Report of the Indian Hemp Drugs Commission, 1894-1895 - Volume V
Year: 1894
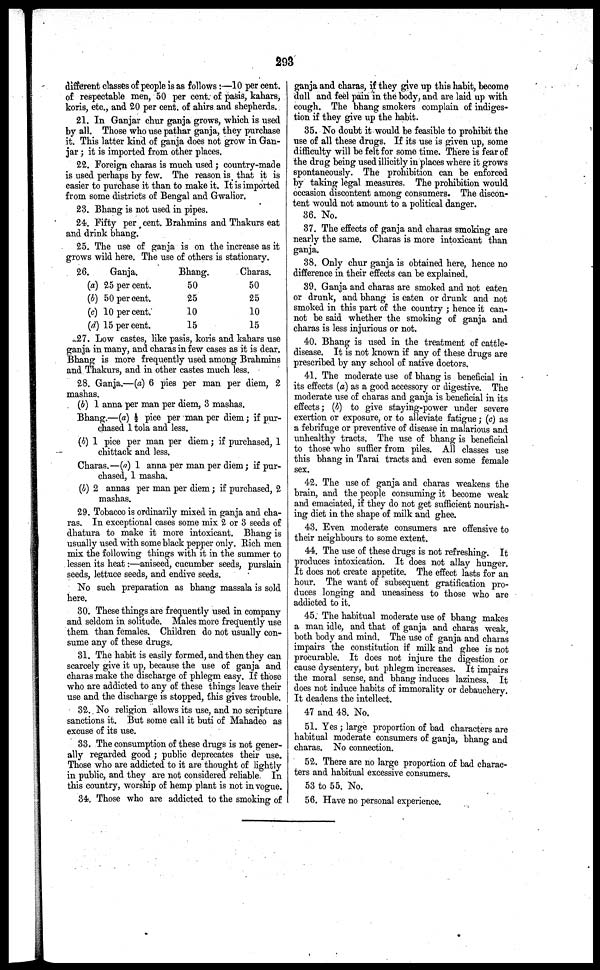
293
different classes of people is as follows:—10 per cent.
of respectable men, 50 per cent. of pasis, kahars,
koris, etc., and 20 per cent. of ahirs and shepherds.
21. In Ganjar chur ganja grows, which is used
by all. Those who use pathar ganja, they purchase
it. This latter kind of ganja does not grow in Gan-
jar ; it is imported from other places.
22. Foreign charas is much used; country-made
is used perhaps by few. The reason is that it is
easier to purchase it than to make it. It is imported
from some districts of Bengal and Gwalior.
23. Bhang is not used in pipes.
24. Fifty per cent. Brahmins and Thakurs eat
and drink bhang.
25. The use of ganja is on the increase as it
grows wild here. The use of others is stationary.
26.
Ganja.
(a) 25 per cent.
(b) 50 per cent.
(c) 10 per cent.
(d) 15 per cent.
Bhang.
50
25
10
15
Charas.
50
25
10
15
27. Low castes, like pasis, koris and kahars use
ganja in many, and charas in few cases as it is dear.
Bhang is more frequently used among Brahmins
and Thakurs, and in other castes much less.
28. Ganja.—(a) 6 pies per man per diem, 2
mashas.
(b) 1 anna per man per diem, 3 mashas.
Bhang.—(a) ½ pice per man per diem; if pur-
chased 1 tola and less.
(b) 1 pice per man per diem; if purchased, 1
chittack and less.
Charas.—(a) 1 anna per man per diem; if pur-
chased, 1 masha.
(b) 2 annas per man per diem; if purchased, 2
mashas.
29. Tobacco is ordinarily mixed in ganja and cha-
ras. In exceptional cases some mix 2 or 3 seeds of
dhatura to make it more intoxicant. Bhang is
usually used with some black pepper only. Rich men
mix the following things with it in the summer to
lessen its heat:—aniseed, cucumber seeds, purslain
seeds, lettuce seeds, and endive seeds.
No such preparation as bhang massala is sold
here.
30. These things are frequently used in company
and seldom in solitude. Males more frequently use
them than females. Children do not usually con-
sume any of these drugs.
31. The habit is easily formed, and then they can
scarcely give it up, because the use of ganja and
Charas make the discharge of phlegm easy. If those
who are addicted to any of these things leave their
use and the discharge is stopped, this gives trouble.
32. No religion allows its use, and no scripture
sanctions it. But some call it buti of Mahadeo as
excuse of its use.
33. The consumption of these drags is not gener-
ally regarded good ; public deprecates their use.
Those who are addicted to it are thought of lightly
in public, and they are not considered reliable. In
this country, worship of hemp plant is not in vogue.
34. Those who are addicted to the smoking of
ganja and charas, if they give up this habit, become
dull and feel pain in the body, and are laid up with
cough. The bhang smokers complain of indiges-
tion if they give up the habit.
35. No doubt it would be feasible to prohibit the
use of all these drugs. If its use is given up, some
difficulty will be felt for some time. There is fear of
the drug being used illicitly in places where it grows
spontaneously. The prohibition can be enforced
by taking legal measures. The prohibition would
occasion discontent among consumers. The discon-
tent would not amount to a political danger.
36. No.
37. The effects of ganja and charas smoking are
nearly the same. Charas is more intoxicant than
ganja.
38. Only chur ganja is obtained here, hence no
difference in their effects can be explained.
39. Ganja and charas are smoked and not eaten
or drunk, and bhang is eaten or drunk and not
smoked in this part of the country ; hence it can-
not be said whether the smoking of ganja and
charas is less injurious or not.
40. Bhang is used in the treatment of cattle-
disease. It is not known if any of these drugs are
prescribed by any school of native doctors.
41. The moderate use of bhang is beneficial in
its effects (a) as a good accessory or digestive. The
moderate use of charas and ganja is beneficial in its
effects; (b) to give staying-power under severe
exertion or exposure, or to alleviate fatigue; (c) as
a febrifuge or preventive of disease in malarious and
unhealthy tracts. The use of bhang is beneficial
to those who suffier from piles. All classes use
this bhang in Tarai tracts and even some female
sex.
42. The use of ganja and charas weakens the
brain, and the people consuming it become weak
and emaciated, if they do not get sufficient nourish-
ing diet in the shape of milk and ghee.
43. Even moderate consumers are offensive to
their neighbours to some extent.
44. The use of these drugs is not refreshing. It
produces intoxication. It does not allay hunger.
It does not create appetite. The effect lasts for an
hour. The want of subsequent gratification pro-
duces longing and uneasiness to those who are
addicted to it.
45. The habitual moderate use of bhang makes
a man idle, and that of ganja and charas weak,
both body and mind. The use of ganja and charas
impairs the constitution if milk and ghee is not
procurable. It does not injure the digestion or
cause dysentery, but phlegm increases. It impairs
the moral sense, and bhang induces laziness. It
does not induce habits of immorality or debauchery.
It deadens the intellect.
47 and 48. No.
51. Yes; large proportion of bad characters are
habitual moderate consumers of ganja, bhang and
charas. No connection.
52. There are no large proportion of bad charac-
ters and habitual excessive consumers.
53 to 55. No.
56. Have no personal experience.